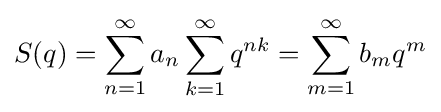
S(q)=\sum _{n=1}^{\infty }a_{n}\sum _{k=1}^{\infty }q^{nk}=\sum _{m=1}^{\infty }b_{m}q^{m}